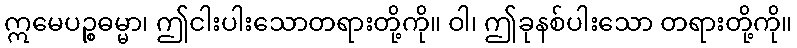
ဣမေပဉ္စဓမ္မာ၊ ဤငါးပါးသောတရားတို့ကို။ ဝါ၊ ဤခုနစ်ပါးသော တရားတို့ကို။